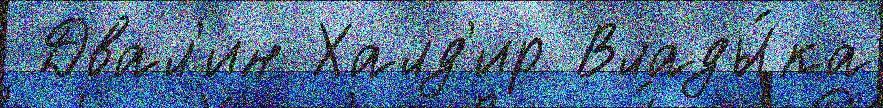
 Двал'ин Халд'ир Влады́ка